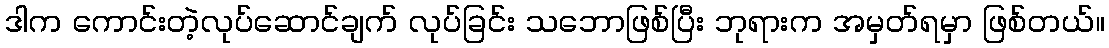
ဒါက ကောင်းတဲ့လုပ်ဆောင်ချက် လုပ်ခြင်း သဘောဖြစ်ပြီး ဘုရားက အမှတ်ရမှာ ဖြစ်တယ်။